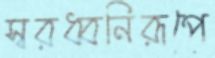
স্বরধ্বনিরূপে